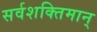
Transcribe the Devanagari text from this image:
सर्वशक्‍तिमान्